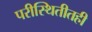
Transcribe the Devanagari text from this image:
परीस्थितीतही